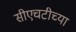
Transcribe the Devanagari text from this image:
सीएचटीच्या